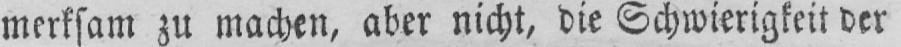
merksam zu machen, aber nicht, die Schwierigkeit der